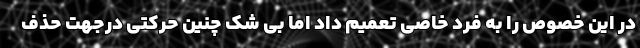
در این خصوص را به فرد خاصی تعمیم داد اما بی شک چنین حرکتی درجهت حذف